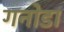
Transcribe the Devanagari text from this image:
गनोडा